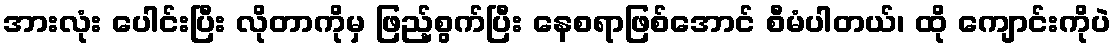
အားလုံး ပေါင်းပြီး လိုတာကိုမှ ဖြည့်စွက်ပြီး နေစရာဖြစ်အောင် စီမံပါတယ်၊ ထို ကျောင်းကိုပဲ